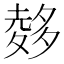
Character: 𪤽